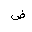
Letter: _dad